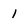
Character: 1